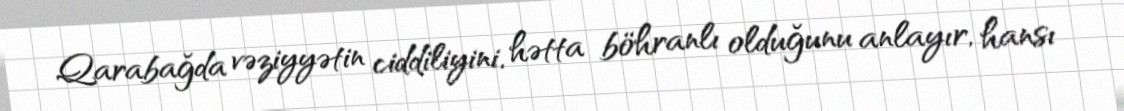
Qarabağda vəziyyətin ciddiliyini, hətta böhranlı olduğunu anlayır, hansı